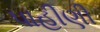
પાહીણી